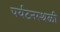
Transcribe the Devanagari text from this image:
पर्यटनस्थळी